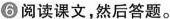
6阅读课文，然后答题。